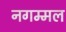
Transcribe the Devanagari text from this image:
नगम्मल